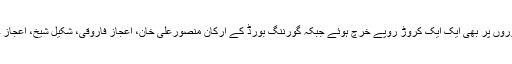
جی ایم انٹرنیشنل کرکٹ عثمان واہلہ اور جنرل منیجر لاجسٹک اسد مصطفیٰ کے دوروں پر بھی ایک ایک کروڑ روپے خرچ ہوئے جبکہ گورننگ بورڈ کے ارکان منصورعلی خان، اعجاز فاروقی، شکیل شیخ، اعجاز چودھری اور گل زادہ کے بیرونی دورے پی سی بی کو 71 لاکھ روپے میں پڑے۔